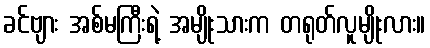
ခင်ဗျား အစ်မကြီးရဲ့ အမျိုးသားက တရုတ်လူမျိုးလား။